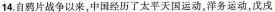
14.自鸦片战争以来，中国经历了太平天国运动，洋务运动，戊戌